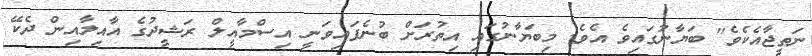
ނަތީޖާއެކެވެ" ބަޔާނުގައިވެ އެވެ. މިބަޔާނުގައި އިތުރަށް ބުނެފައިވަނީ އިސްމާއީލް ރަޝީދުގެ އާއިލާއިން ދެކޭ